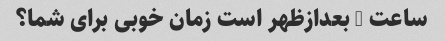
ساعت 5 بعدازظهر است زمان خوبی برای شما؟